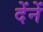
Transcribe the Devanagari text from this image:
देंनें